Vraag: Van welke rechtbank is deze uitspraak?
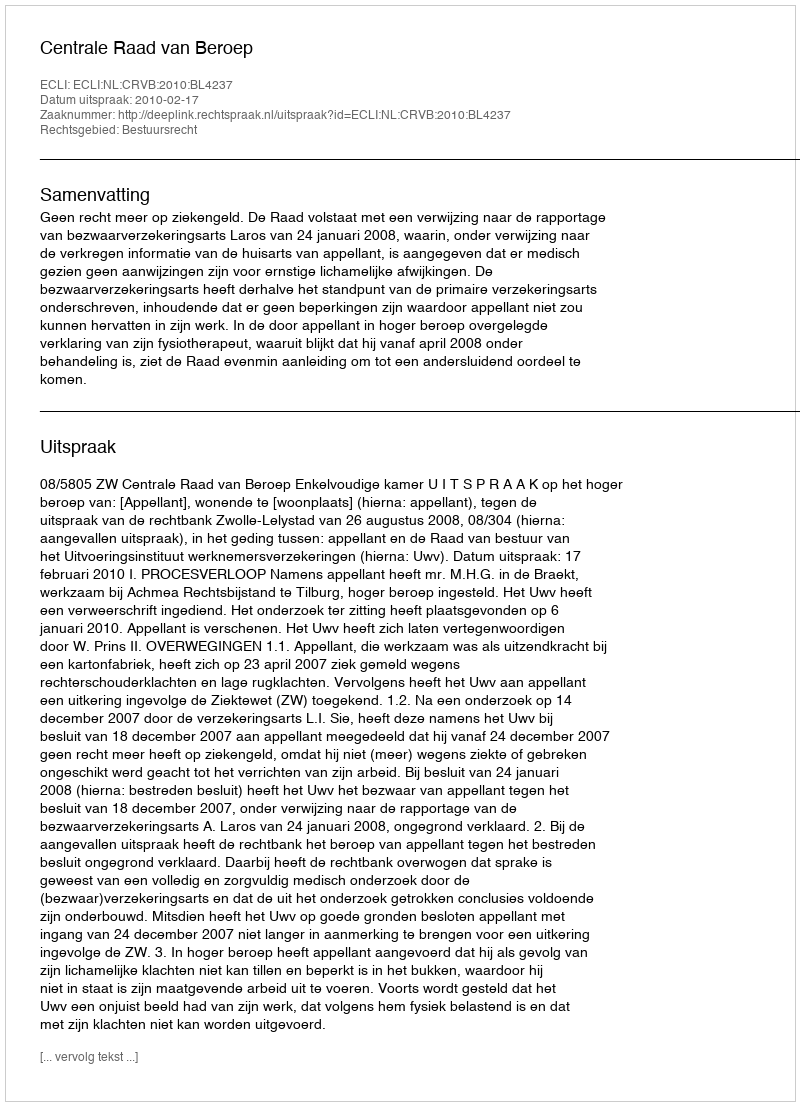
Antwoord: Centrale Raad van Beroep